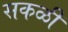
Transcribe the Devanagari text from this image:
सकळी